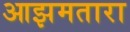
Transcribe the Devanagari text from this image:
आझमतारा